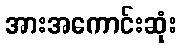
အားအကောင်းဆုံး